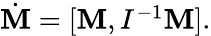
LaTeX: \begin{array}{r}{\dot{\mathbf M}=[{\mathbf M},I^{-1}{\mathbf M}].}\end{array}